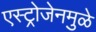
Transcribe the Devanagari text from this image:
एस्ट्रोजेनमुळे